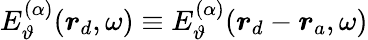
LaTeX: E_{\vartheta}^{(\alpha)}(\boldsymbol{r}_{d},\omega)\equiv E_{\vartheta}^{(\alpha)}(\boldsymbol{r}_{d}-\boldsymbol{r}_{a},\omega)